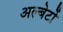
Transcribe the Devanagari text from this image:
अल्बेर्टो